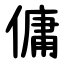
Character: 傭